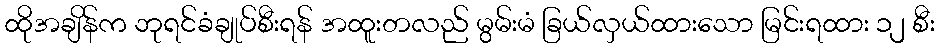
ထိုအချိန်က ဘုရင်ခံချုပ်စီးရန် အထူးတလည် မွမ်းမံ ခြယ်လှယ်ထားသော မြင်းရထား ၁၂ စီး